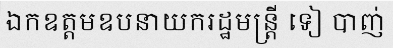
ឯកឧត្តមឧបនាយករដ្ឋមន្ត្រី ទៀ បាញ់